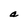
Character: a